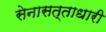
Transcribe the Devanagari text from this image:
सेनासत्ताधारी